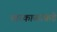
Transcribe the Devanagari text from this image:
बारकाव्यांकडे